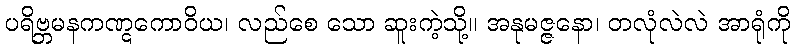
ပရိဗ္ဘမနကဏ္ဋကောဝိယ၊ လည်စေ သော ဆူးကဲ့သို့။ အနုမဇ္ဇနော၊ တလုံလဲလဲ အာရုံကို